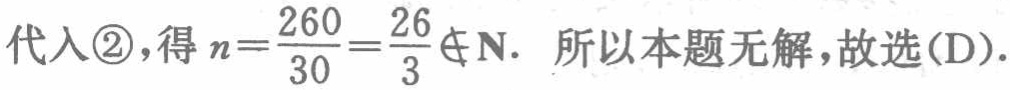
代入\textcircled{2},得\(n = \frac{260}{30}=\frac{26}{3}\notin \mathrm{N}\). 所以本题无解,故选(D).